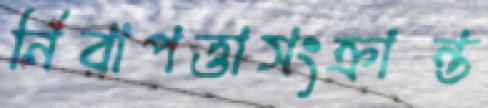
নিরাপত্তাসংক্রান্ত